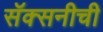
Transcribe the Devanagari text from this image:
सॅक्सनीची